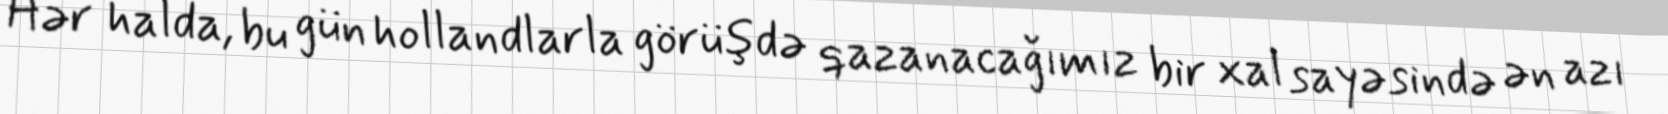
Hər halda, bu gün hollandlarla görüşdə qazanacağımız bir xal sayəsində ən azı